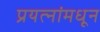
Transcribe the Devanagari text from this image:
प्रयत्‍नांमधून